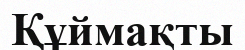
Құймақты